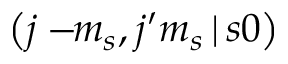
\left( j - \! \! m _ { s } , j ^ { \prime } m _ { s } \, | \, s 0 \right)